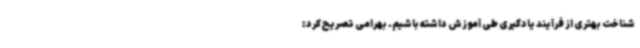
شناخت بهتری از فرآیند یادگیری طی آموزش داشته باشیم. بهرامی تصریح کرد: